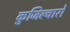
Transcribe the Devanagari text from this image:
कुजिल्वारों